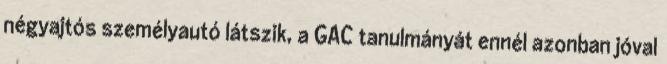
négyajtós személyautó látszik, a GAC tanulmányát ennél azonban jóval